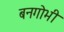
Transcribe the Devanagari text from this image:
बनगोभी